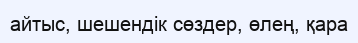
айтыс, шешендік сөздер, өлең, қара